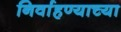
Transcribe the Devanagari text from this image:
निर्वाहण्याच्या